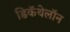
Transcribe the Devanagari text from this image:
डिकॅथेलॉन